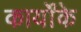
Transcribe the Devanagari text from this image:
कार्योंके